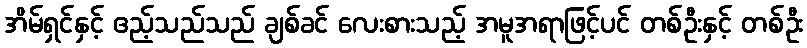
အိမ်ရှင်နှင့် ဧည့်သည်သည် ချစ်ခင် လေးစားသည့် အမူအရာဖြင့်ပင် တစ်ဦးနှင့် တစ်ဦး